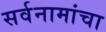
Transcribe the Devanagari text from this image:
सर्वनामांचा